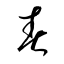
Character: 春